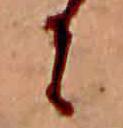
に